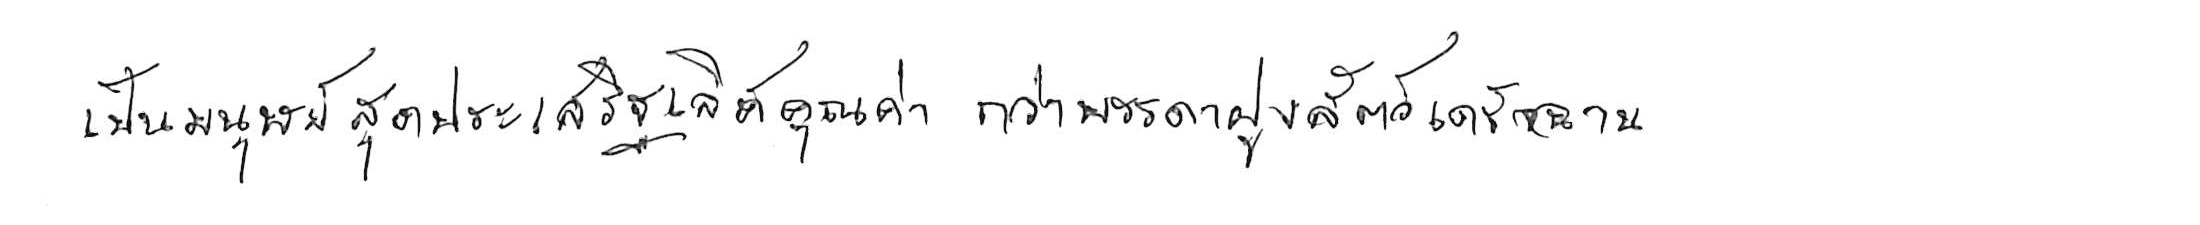
เป็นมนุษย์สุดประเสริฐเลิศคุณค่า กว่าบรรดาฝูงสัตว์เดรัจฉาน